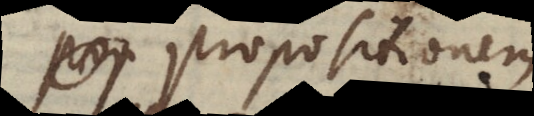
propositionem